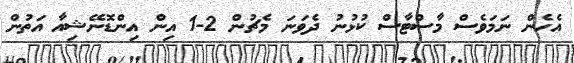
އެހެން ނަމަވެސް މާސްޓާސް ކުޅުނު ދެވަނަ މެޗުން 2-1 އިން އިންޑޮނޭޝިއާ އަތުން